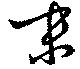
末